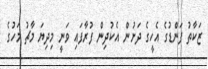
ޒަކާތު ފަންޑުގެ އެހީގެ ދަށުން އެކުދިން ފުރާފައި ވަނީ މިދިޔަ މާޗު މަހުގެ